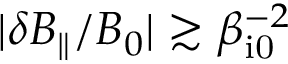
| \delta B _ { \parallel } / B _ { 0 } | \gtrsim \beta _ { \mathrm { i 0 } } ^ { - 2 }